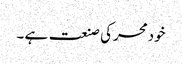
خودمحرکی صنعت ہے ۔